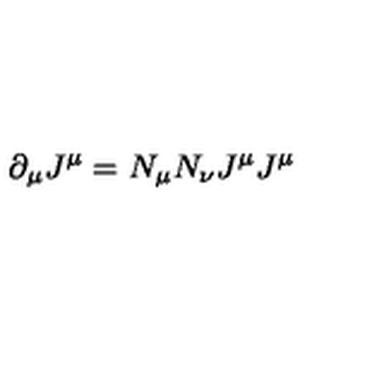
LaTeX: \partial _ { \mu } J ^ { \mu } = N _ { \mu } N _ { \nu } J ^ { \mu } J ^ { \mu }